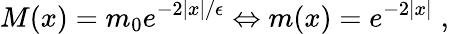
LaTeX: M(x)=m_{0}e^{-2|x|/\epsilon}\Leftrightarrow m(x)=e^{-2|x|}\; ,